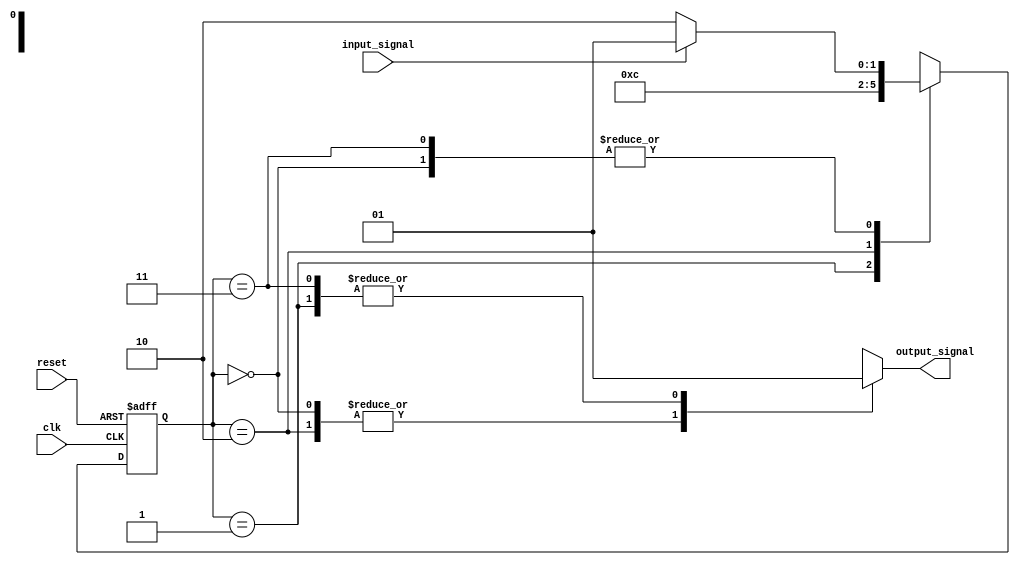
module state_machine (
    input wire clk,
    input wire reset,
    input wire input_signal,
    output reg output_signal
);

// State encoding
parameter STATE_A = 2'b00;
parameter STATE_B = 2'b01;
parameter STATE_C = 2'b10;
parameter STATE_D = 2'b11;

reg [1:0] state, next_state;

// State transition logic
always @(posedge clk or posedge reset) begin
    if (reset) begin
        state <= STATE_A;
    end else begin
        state <= next_state;
    end
end

// Next state logic
always @* begin
    case(state)
        STATE_A: begin
            if (input_signal) begin
                next_state = STATE_B;
            end else begin
                next_state = STATE_C;
            end
        end
        STATE_B: begin
            next_state = STATE_D;
        end
        STATE_C: begin
            next_state = STATE_A;
        end
        STATE_D: begin
            if (input_signal) begin
                next_state = STATE_B;
            end else begin
                next_state = STATE_C;
            end
        end
        default: next_state = STATE_A;
    endcase
end

// Output logic based on current state
always @* begin
    case(state)
        STATE_A: output_signal = 1'b0;
        STATE_B: output_signal = 1'b1;
        STATE_C: output_signal = 1'b0;
        STATE_D: output_signal = 1'b1;
        default: output_signal = 1'b0;
    endcase
end

endmodule